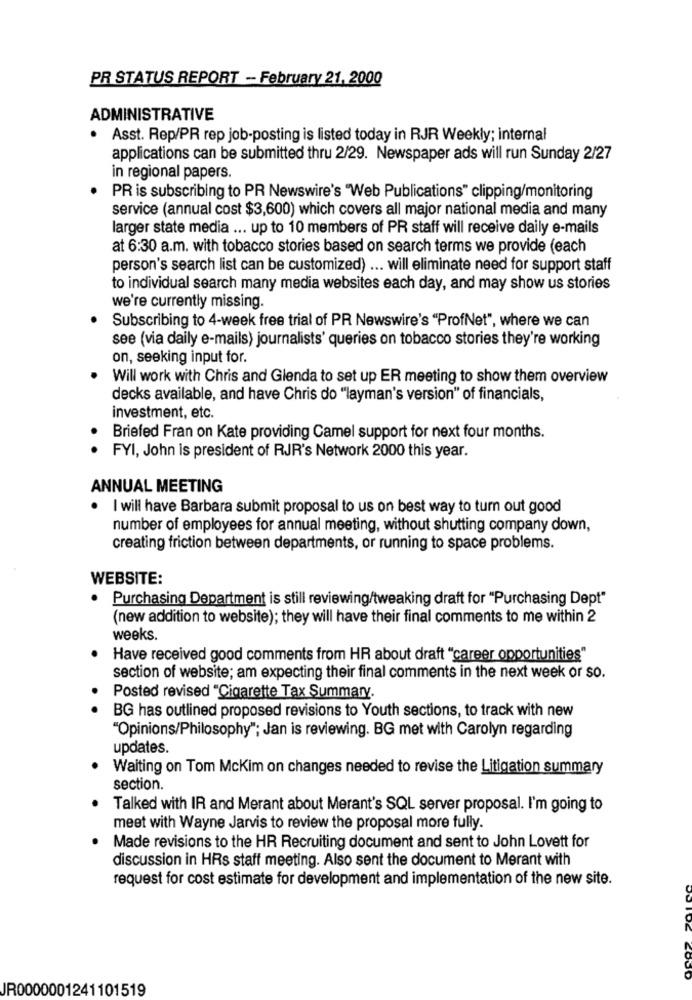
PR STATUS REPORT - February 21, 2000
ADMINISTRATIVE
.
Asst. Rep/PR rep job-posting is listed today in RJR Weekly; internal
applications can be submitted thru 2/29. Newspaper ads will run Sunday 2/27
in regional papers.
PR is subscribing to PR Newswire's "Web Publications" clipping/monitoring
service (annual cost $3,600) which covers all major national media and many
larger state media ... up to 10 members of PR staff will receive daily e-mails
at 6:30 a.m. with tobacco stories based on search terms we provide (each
person's search list can be customized) ... will eliminate need for support staff
to individual search many media websites each day, and may show us stories
we're currently missing.
Subscribing to 4-week free trial of PR Newswire's "ProfNet", where we can
see (via daily e-mails) journalists' queries on tobacco stories they're working
on, seeking input for.
Will work with Chris and Glenda to set up ER meeting to show them overview
decks available, and have Chris do "layman's version" of financials,
investment, etc.
Briefed Fran on Kate providing Camel support for next four months.
. FYI, John is president of RJR's Network 2000 this year.
ANNUAL MEETING
.
I will have Barbara submit proposal to us on best way to turn out good
number of employees for annual meeting, without shutting company down,
creating friction between departments, or running to space problems.
WEBSITE:
.
Purchasing Department is still reviewing/tweaking draft for "Purchasing Dept"
(new addition to website); they will have their final comments to me within 2
weeks.
Have received good comments from HR about draft "career opportunities"
section of website; am expecting their final comments in the next week or so.
.
Posted revised "Cigarette Tax Summary.
BG has outlined proposed revisions to Youth sections, to track with new
"Opinions/Philosophy"; Jan is reviewing. BG met with Carolyn regarding
updates.
Waiting on Tom Mckim on changes needed to revise the Litigation summary
section.
Talked with IR and Merant about Merant's SQL server proposal. I'm going to
meet with Wayne Jarvis to review the proposal more fully.
Made revisions to the HR Recruiting document and sent to John Lovett for
discussion in HRs staff meeting. Also sent the document to Merant with
request for cost estimate for development and implementation of the new site.
COUD
JR0000001241101519